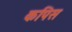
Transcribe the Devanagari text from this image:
कपिस